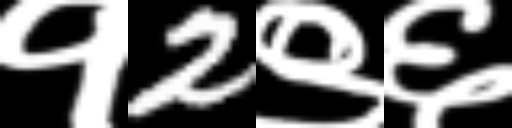
Text: १2९६